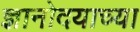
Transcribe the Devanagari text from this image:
ज्ञानोदयाच्या